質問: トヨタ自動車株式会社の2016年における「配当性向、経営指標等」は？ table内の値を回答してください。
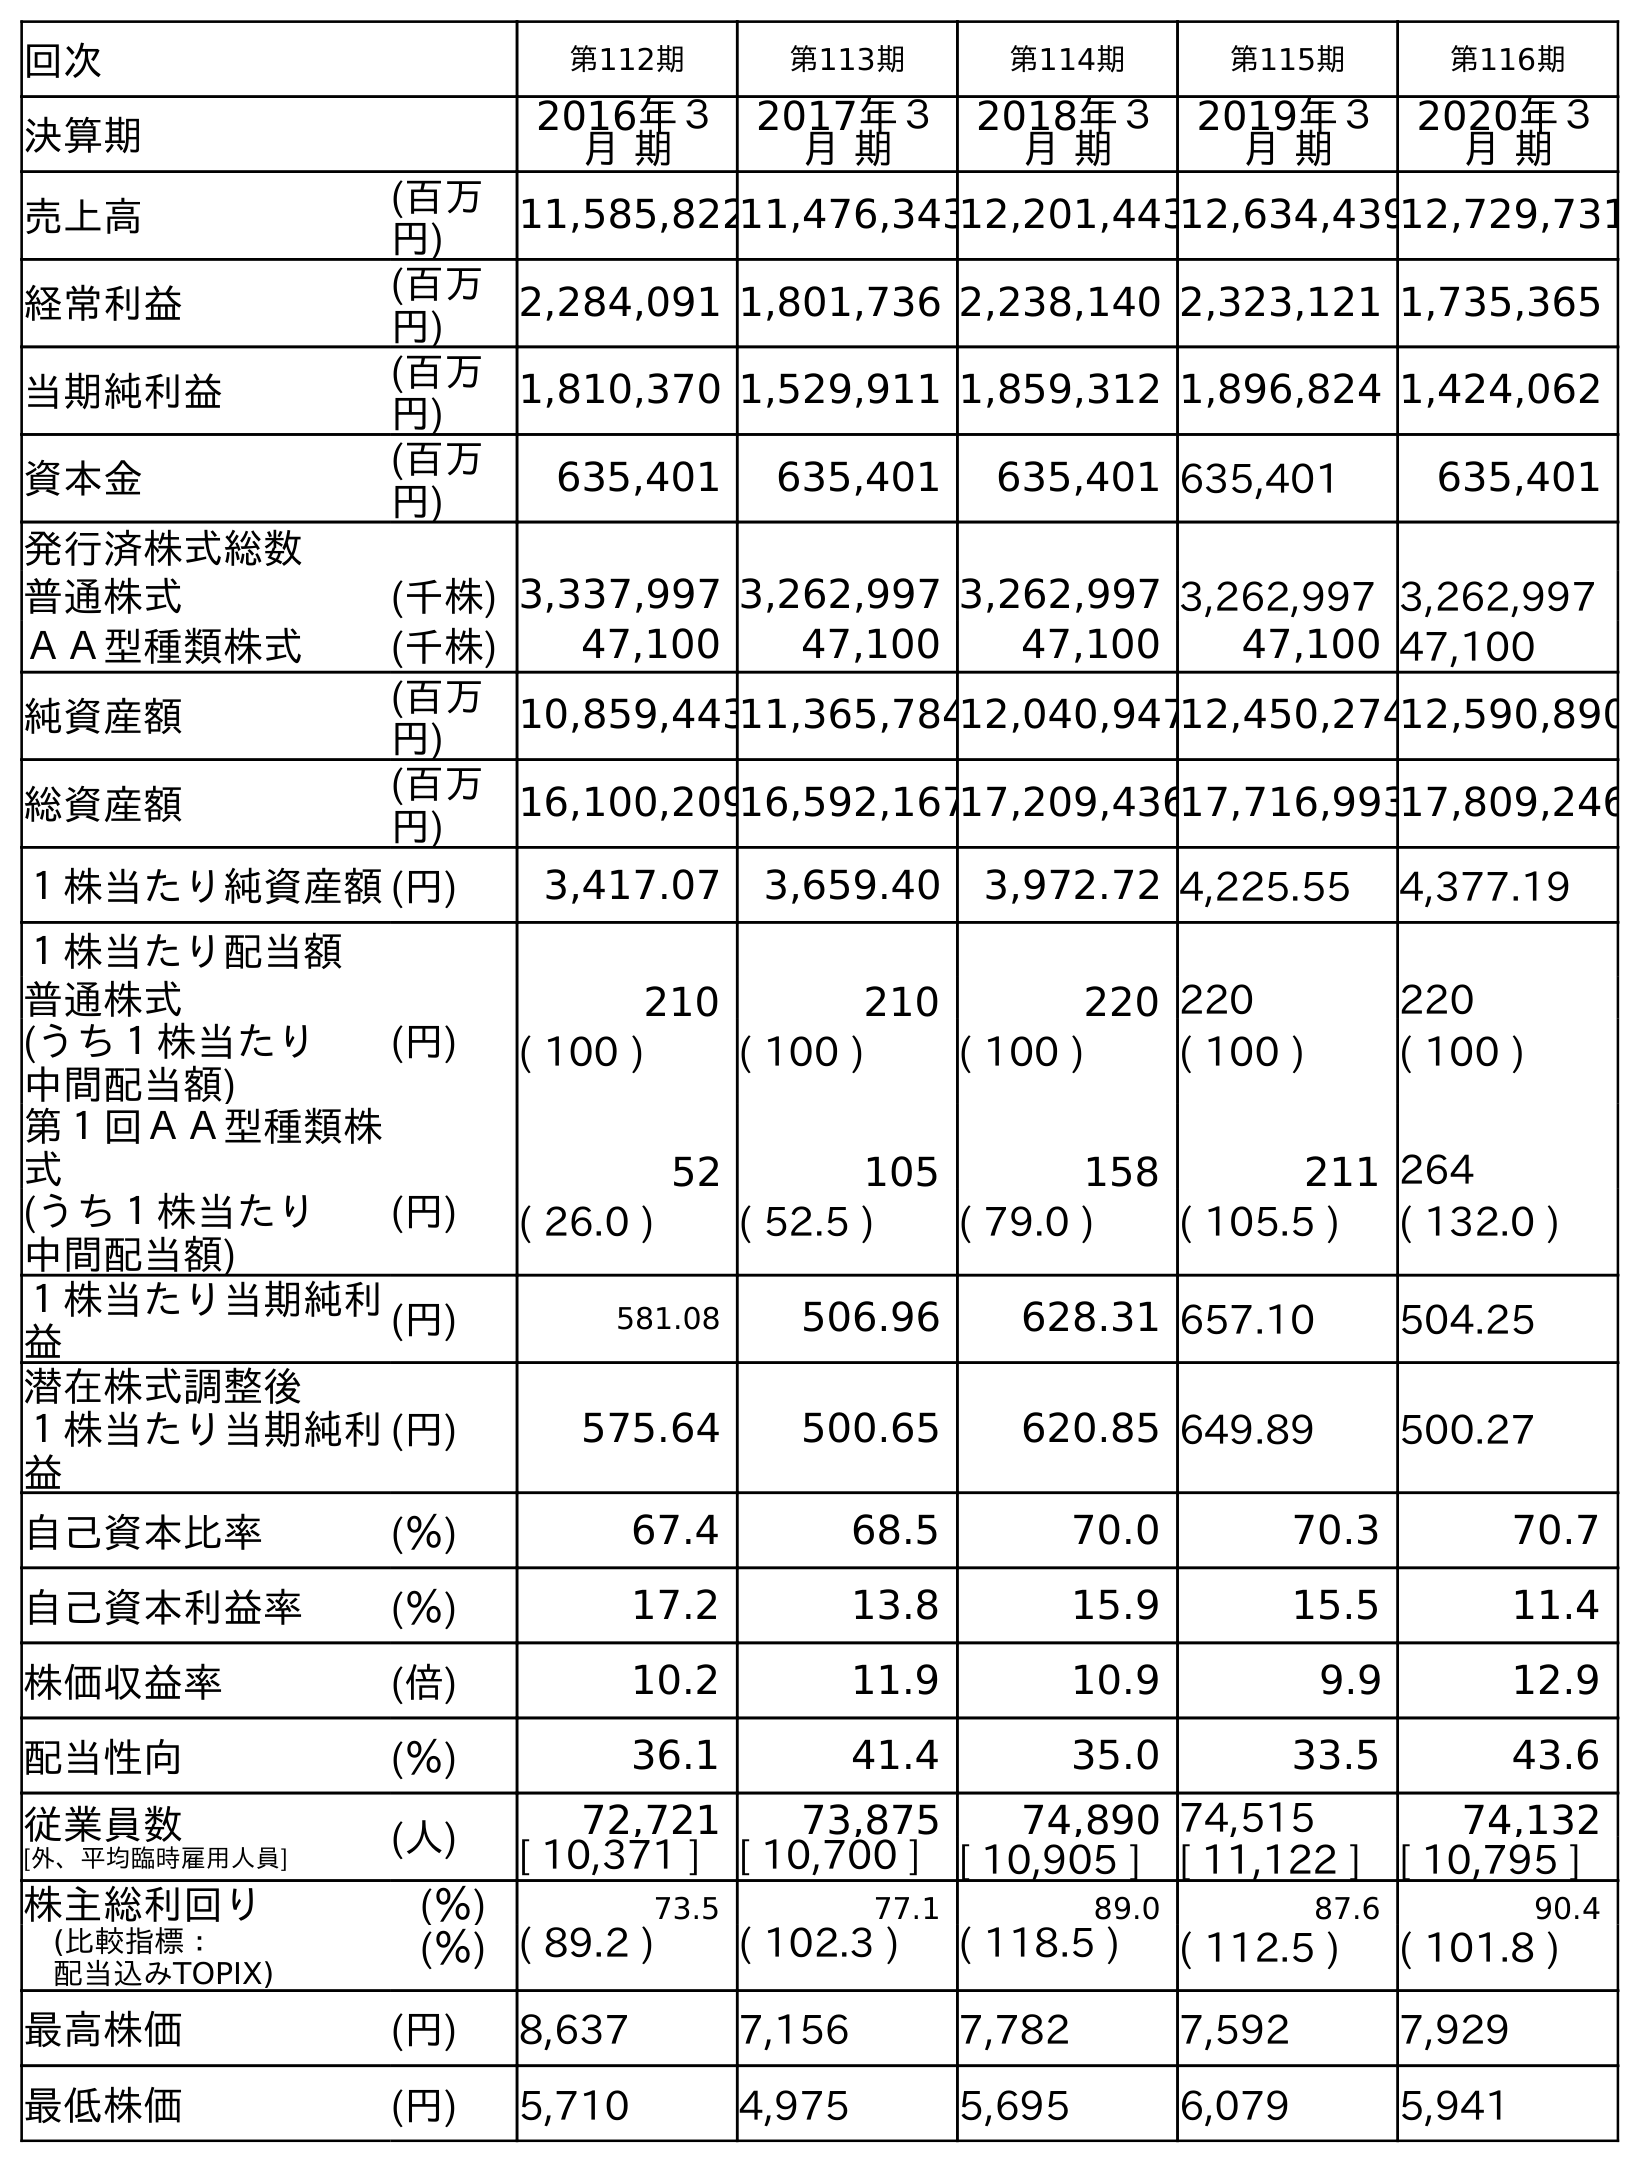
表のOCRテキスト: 回次 第112期 第113期 第114期 第115期 第116期 決算期 2016年３ 月 期 2017年３ 月 期 2018年３ 月 期 2019年３ 月 期 2020年３ 月 期 売上高 (百万 円) 11,585,82211,476,34312,201,44312,634,43912,729,731 経常利益 (百万 円) 2,284,091 1,801,736 2,238,140 2,323,121 1,735,365 当期純利益 (百万 円) 1,810,370 1,529,911 1,859,312 1,896,824 1,424,062 資本金 (百万 円) 635,401 635,401 635,401 635,401 635,401 発行済株式総数 普通株式 (千株) 3,337,997 3,262,997 3,262,997 3,262,997 3,262,997 ＡＡ型種類株式 (千株) 47,100 47,100 47,100 47,100 47,100 純資産額 (百万 円) 10,859,44311,365,78412,040,94712,450,27412,590,890 総資産額 (百万 円) 16,100,20916,592,16717,209,43617,716,99317,809,246 １株当たり純資産額(円) 3,417.07 3,659.40 3,972.72 4,225.55 4,377.19 １株当たり配当額 普通株式 (円) 210 210 220 220 220 (うち１株当たり 中間配当額) ( 100 ) ( 100 ) ( 100 ) ( 100 ) ( 100 ) 第１回ＡＡ型種類株 式 52 105 158 211 264 (うち１株当たり 中間配当額) (円) ( 26.0 ) ( 52.5 ) ( 79.0 ) ( 105.5 ) ( 132.0 ) １株当たり当期純利 益 (円) 581.08 506.96 628.31 657.10 504.25 潜在株式調整後 １株当たり当期純利 益 (円) 575.64 500.65 620.85 649.89 500.27 自己資本比率 (％) 67.4 68.5 70.0 70.3 70.7 自己資本利益率 (％) 17.2 13.8 15.9 15.5 11.4 株価収益率 (倍) 10.2 11.9 10.9 9.9 12.9 配当性向 (％) 36.1 41.4 35.0 33.5 43.6 従業員数 [外、平均臨時雇用人員] (人) 72,721 73,875 74,890 74,515 74,132 [ 10,371 ] [ 10,700 ] [ 10,905 ] [ 11,122 ] [ 10,795 ] 株主総利回り (％) 73.5 77.1 89.0 87.6 90.4 (比較指標： 配当込みTOPIX) (％) ( 89.2 ) ( 102.3 ) ( 118.5 ) ( 112.5 ) ( 101.8 ) 最高株価 (円) 8,637 7,156 7,782 7,592 7,929 最低株価 (円) 5,710 4,975 5,695 6,079 5,941
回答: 36.1